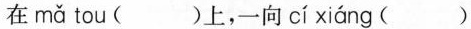
在 mǎ tou( )上，一向 cí xiáng ( )